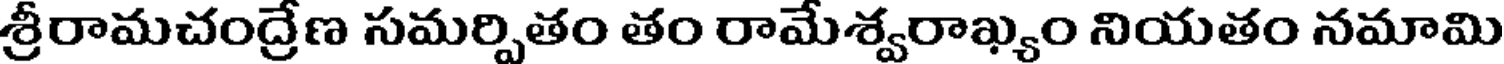
శ్రీరామచంద్రేణ సమర్పితం తం రామేశ్వరాఖ్యం నియతం నమామి